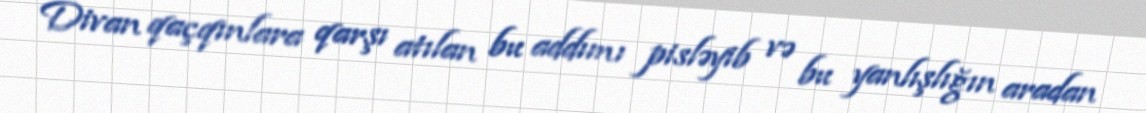
Divan qaçqınlara qarşı atılan bu addımı pisləyib və bu yanlışlığın aradan